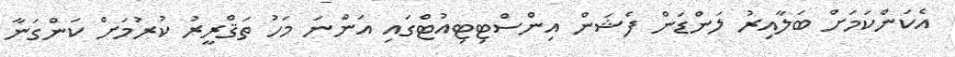
އެކަންކަމަށް ބަލާއިރު ލަންޑަން ފެޝަން އިންސްޓިޓިއުޓްގައި އަންނަ މަހު ތަޤްރީރު ކުރުމަށް ކަންގަނާ